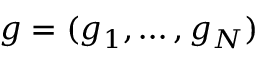
g = ( g _ { 1 } , \dotsc , g _ { N } )